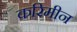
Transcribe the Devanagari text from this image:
करिमीन